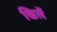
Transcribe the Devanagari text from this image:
खिलें